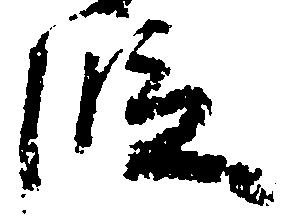
段